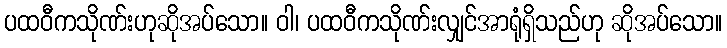
ပထဝီကသိုဏ်းဟုဆိုအပ်သော။ ဝါ၊ ပထဝီကသိုဏ်းလျှင်အာရုံရှိသည်ဟု ဆိုအပ်သော။